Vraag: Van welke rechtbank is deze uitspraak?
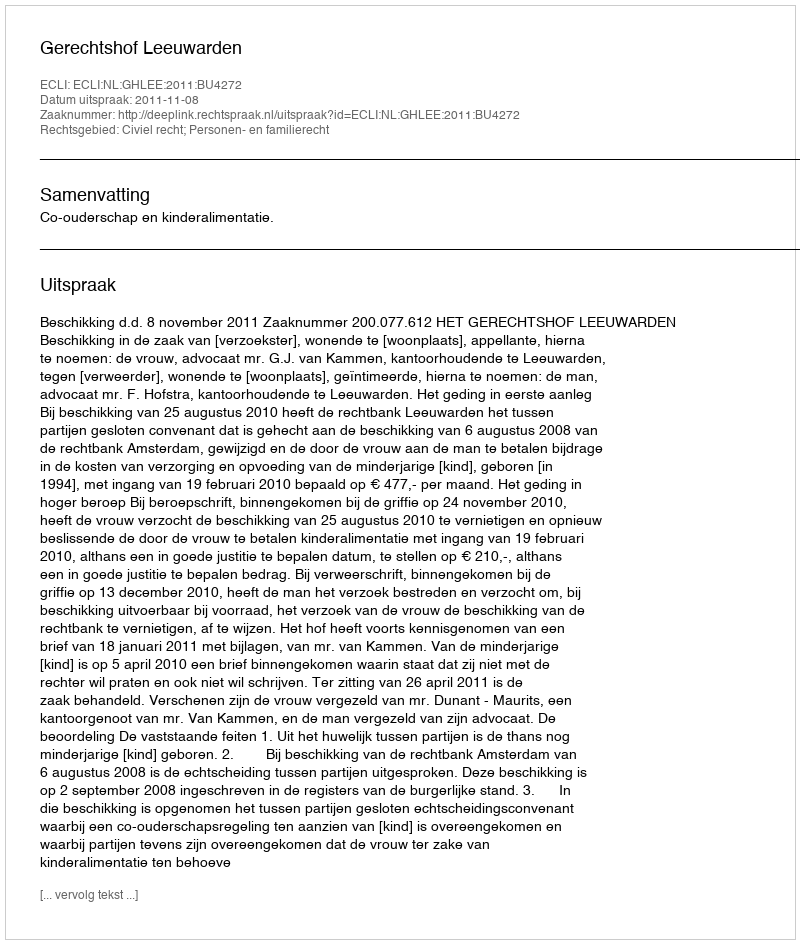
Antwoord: Gerechtshof Leeuwarden